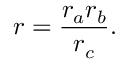
\displaystyle r = { \frac { r _ { a } r _ { b } } { r _ { c } } } .